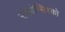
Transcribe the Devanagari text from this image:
संफ्रांन्सिस्को